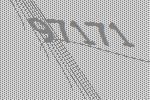
97171